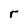
Character: r